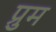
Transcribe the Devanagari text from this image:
प्रुम